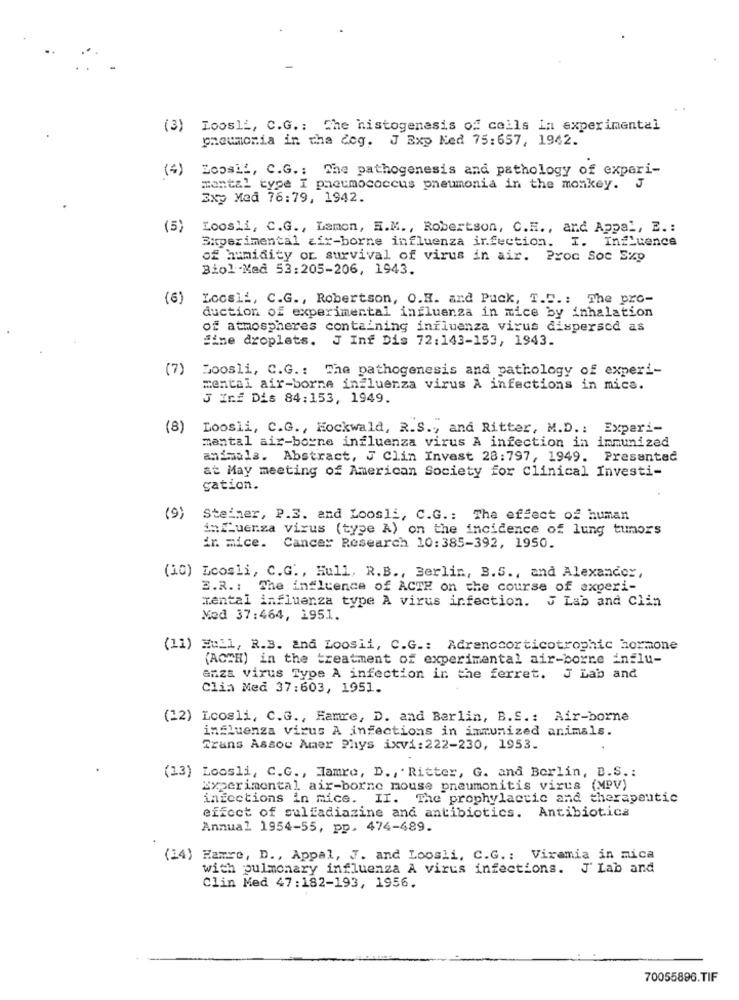
(3) Loosli, C.G .: The histogenesis of cells In experimental
pneumonia in the deg. J Exp Ned 75:657, 1942.
(4)
Zoosif, C.G .: The pathogenesis and pathology of expari-
mental type I pneumococcus pneumonia in the monkey.
J
Zxy Med 76:79, 1942.
(5)
Loosli, C.G ., Lamon, R.M ., Robertson, C.H ., and Appal, E .:
Siperimental air-borne influenza infection. I. Influence
of humidity or survival of virus in air. Proc Soc Exp
Biol -Med 53:205-206, 1943.
(6)
Locsli, C.G ., Robertson, O.H. and Puck, T.C .: The pro-
duction of experimental influenza in mice by inhalation
of atmospheres containing influenza virus dispersed as
Sine droplets. J Inf Dis 72:143-153, 1943.
(7)
Boosli, C.G .: The pathogenesis and pathology of experi-
mental air-borne influenza virus A infections in mics.
3 Inf Dis 84:153, 1949.
(8)
Loosli, C.G ., Hockwald, R.S .,, and Ritter, M.D .: Experi-
mental air-borne influenza virus A infection in immunized
animals. Abstract, J Clin Invest 28:797, 1949. Presented
at May meeting of American Society for Clinical Investi-
gation.
(9)
Steiner, P.S. and Loosli, C.G .: The effect of human
in Luenza virus (type A) on the incidence of lung tumors
ir. mice.
Cancer Research 10:385-392, 1950.
(10) Dcosli, C.G ., Hull, R.B ., Berlin, B.5 ., and Alexander,
E.R .: The influence of ACTE on the course of experi-
mental influenza type A virus infection. J Lab and Clin
Med 37:464, 1951.
(11) Hull, R.S. and Loosii, C.G .: Adrenocorticotrophic hormone
(ACTH) in the treatment of experimental air-borne influ-
anza virus Type A infection in the ferret. J Lab and
Clia Med 37:603, 1951.
(22) Loosli, C.G ., Hamre, D. and Berlin, B.S .: Air-borne
influenza virus A infections in immunized animals.
Trans Assou Amer Phys ixvi: 222-230, 1953.
(13) Loosli, C.G ., Tamrc, D ., Ritter, G. and Berlin, B.S .:
Experimental air-borne mouse pneumonitis virus (MPV)
infections in mice. II. The prophylactic and therapeutic
effect of sulfadiazine and antibiotics. Antibiotica
Annual 1954-55, pp. 474-489.
(14) Hamre, D ., Appal, J. and Loosli, C.G .: Viramia in mica
with pulmonary influenza A virus infections. J' Lab and
Clin Med 47:182-193, 1956.
70055896.TIF